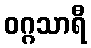
ဝဂ္ဂသာရီ